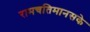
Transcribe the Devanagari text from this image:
रामचतिमानसके